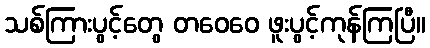
သစ်ကြားပွင့်တွေ တဝေဝေ ဖူးပွင့်ကုန်ကြပြီ။